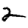
Digit: 2